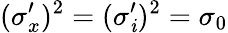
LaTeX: (\sigma_{x}^{\prime})^{2}=(\sigma_{\mathit{i}}^{\prime})^{2}=\sigma_{0}